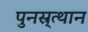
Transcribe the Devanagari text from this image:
पुनस्र्त्थान